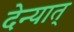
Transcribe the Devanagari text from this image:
देन्यात्